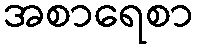
အစာရေစာ